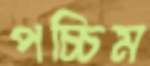
পচ্চিম